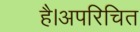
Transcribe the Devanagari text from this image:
है।अपरिचित